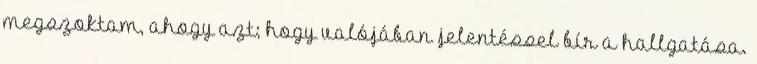
megszoktam, ahogy azt; hogy valójában jelentéssel bír a hallgatása.